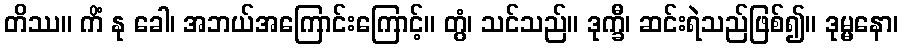
တိဿ။ ကိံ နု ခေါ၊ အဘယ်အကြောင်းကြောင့်။ တွံ၊ သင်သည်။ ဒုက္ခီ၊ ဆင်းရဲသည်ဖြစ်၍။ ဒုမ္မနော၊